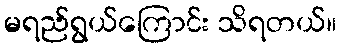
မရည်ရွယ်ကြောင်း သိရတယ်။